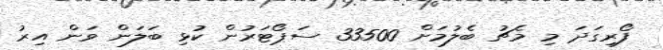
ފޯރިގަދަ މި މެޗު ބެލުމަށް 33500 ސަޕޯޓަރުން ކުޅި ބަލަން ވަން އިރު